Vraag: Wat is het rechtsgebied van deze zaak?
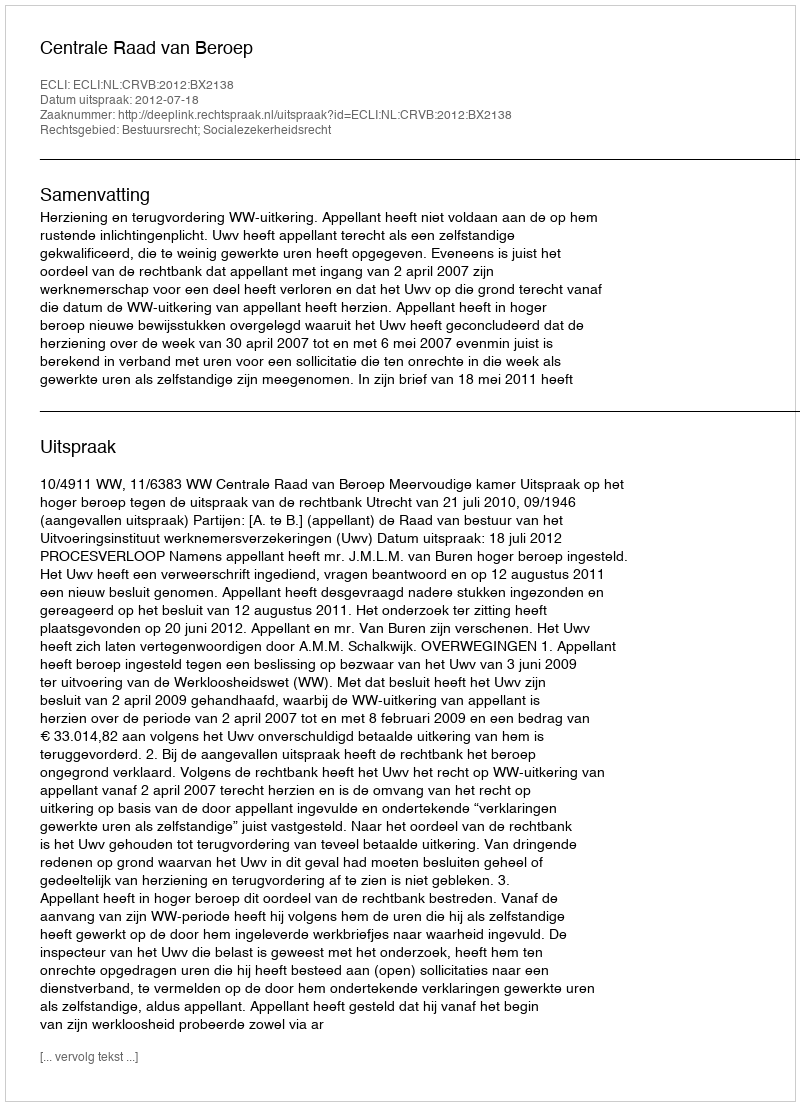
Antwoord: Bestuursrecht; Socialezekerheidsrecht